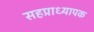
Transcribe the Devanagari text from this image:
सहप्राध्यापक